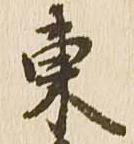
東